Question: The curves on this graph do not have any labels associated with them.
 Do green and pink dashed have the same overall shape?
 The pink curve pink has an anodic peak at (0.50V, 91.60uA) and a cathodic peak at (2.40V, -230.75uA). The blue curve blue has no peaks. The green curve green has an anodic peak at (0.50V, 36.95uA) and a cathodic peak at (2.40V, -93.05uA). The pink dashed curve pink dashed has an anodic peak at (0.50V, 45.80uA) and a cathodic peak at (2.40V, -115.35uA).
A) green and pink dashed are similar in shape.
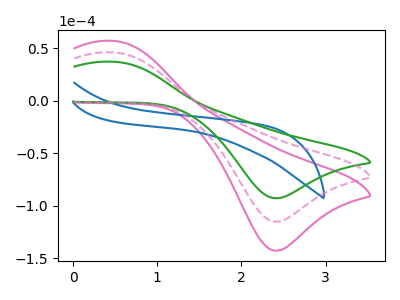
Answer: <think>All the peaks in "green" have a peak in "pink dashed" at the same potential. Every peak in "green" is lower than every peak in "pink dashed".
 </think>
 <answer>A) "green" and "pink dashed" are similar in shape.</answer>
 <eval>A</eval>